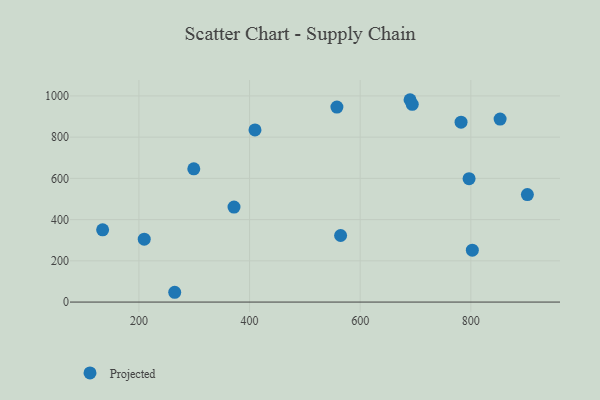
{"axis": {"x": "Study Hours", "y": "Sales"}, "legend": ["Projected"], "data": [{"x": "209.6", "y": 305.0, "type": "Projected"}, {"x": "371.9", "y": 460.9, "type": "Projected"}, {"x": "782.3", "y": 872.5, "type": "Projected"}, {"x": "299.2", "y": 646.5, "type": "Projected"}, {"x": "852.9", "y": 887.4, "type": "Projected"}, {"x": "557.9", "y": 945.8, "type": "Projected"}, {"x": "690.1", "y": 981.5, "type": "Projected"}, {"x": "694.1", "y": 959.1, "type": "Projected"}, {"x": "796.8", "y": 598.3, "type": "Projected"}, {"x": "264.7", "y": 47.5, "type": "Projected"}, {"x": "564.6", "y": 322.8, "type": "Projected"}, {"x": "409.8", "y": 834.9, "type": "Projected"}, {"x": "802.7", "y": 251.9, "type": "Projected"}, {"x": "902.2", "y": 521.3, "type": "Projected"}, {"x": "134.4", "y": 350.2, "type": "Projected"}]}